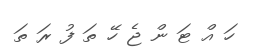
ހަ އް ޓަ ން ޖެ ހޭ ތަ ފު ރަ ތަ